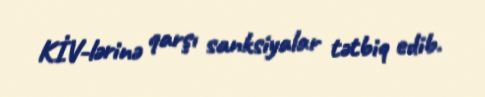
KİV-lərinə qarşı sanksiyalar tətbiq edib.